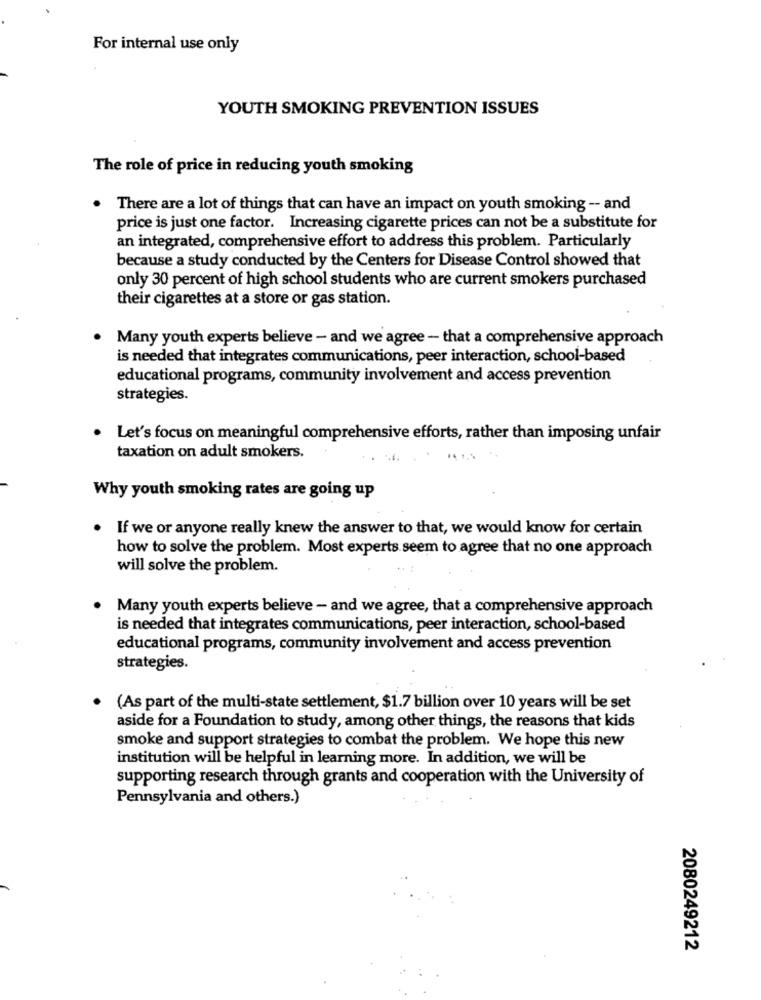
For internal use only
YOUTH SMOKING PREVENTION ISSUES
The role of price in reducing youth smoking
There are a lot of things that can have an impact on youth smoking -- and
price is just one factor. Increasing cigarette prices can not be a substitute for
an integrated, comprehensive effort to address this problem. Particularly
because a study conducted by the Centers for Disease Control showed that
only 30 percent of high school students who are current smokers purchased
their cigarettes at a store or gas station.
. Many youth experts believe - and we agree - that a comprehensive approach
is needed that integrates communications, peer interaction, school-based
educational programs, community involvement and access prevention
strategies.
Let's focus on meaningful comprehensive efforts, rather than imposing unfair
taxation on adult smokers.
.....
Why youth smoking rates are going up
If we or anyone really knew the answer to that, we would know for certain
how to solve the problem. Most experts seem to agree that no one approach
will solve the problem.
Many youth experts believe - and we agree, that a comprehensive approach
is needed that integrates communications, peer interaction, school-based
educational programs, community involvement and access prevention
strategies.
(As part of the multi-state settlement, $1.7 billion over 10 years will be set
aside for a Foundation to study, among other things, the reasons that kids
smoke and support strategies to combat the problem. We hope this new
institution will be helpful in learning more. In addition, we will be
supporting research through grants and cooperation with the University of
Pennsylvania and others.)
2080249212